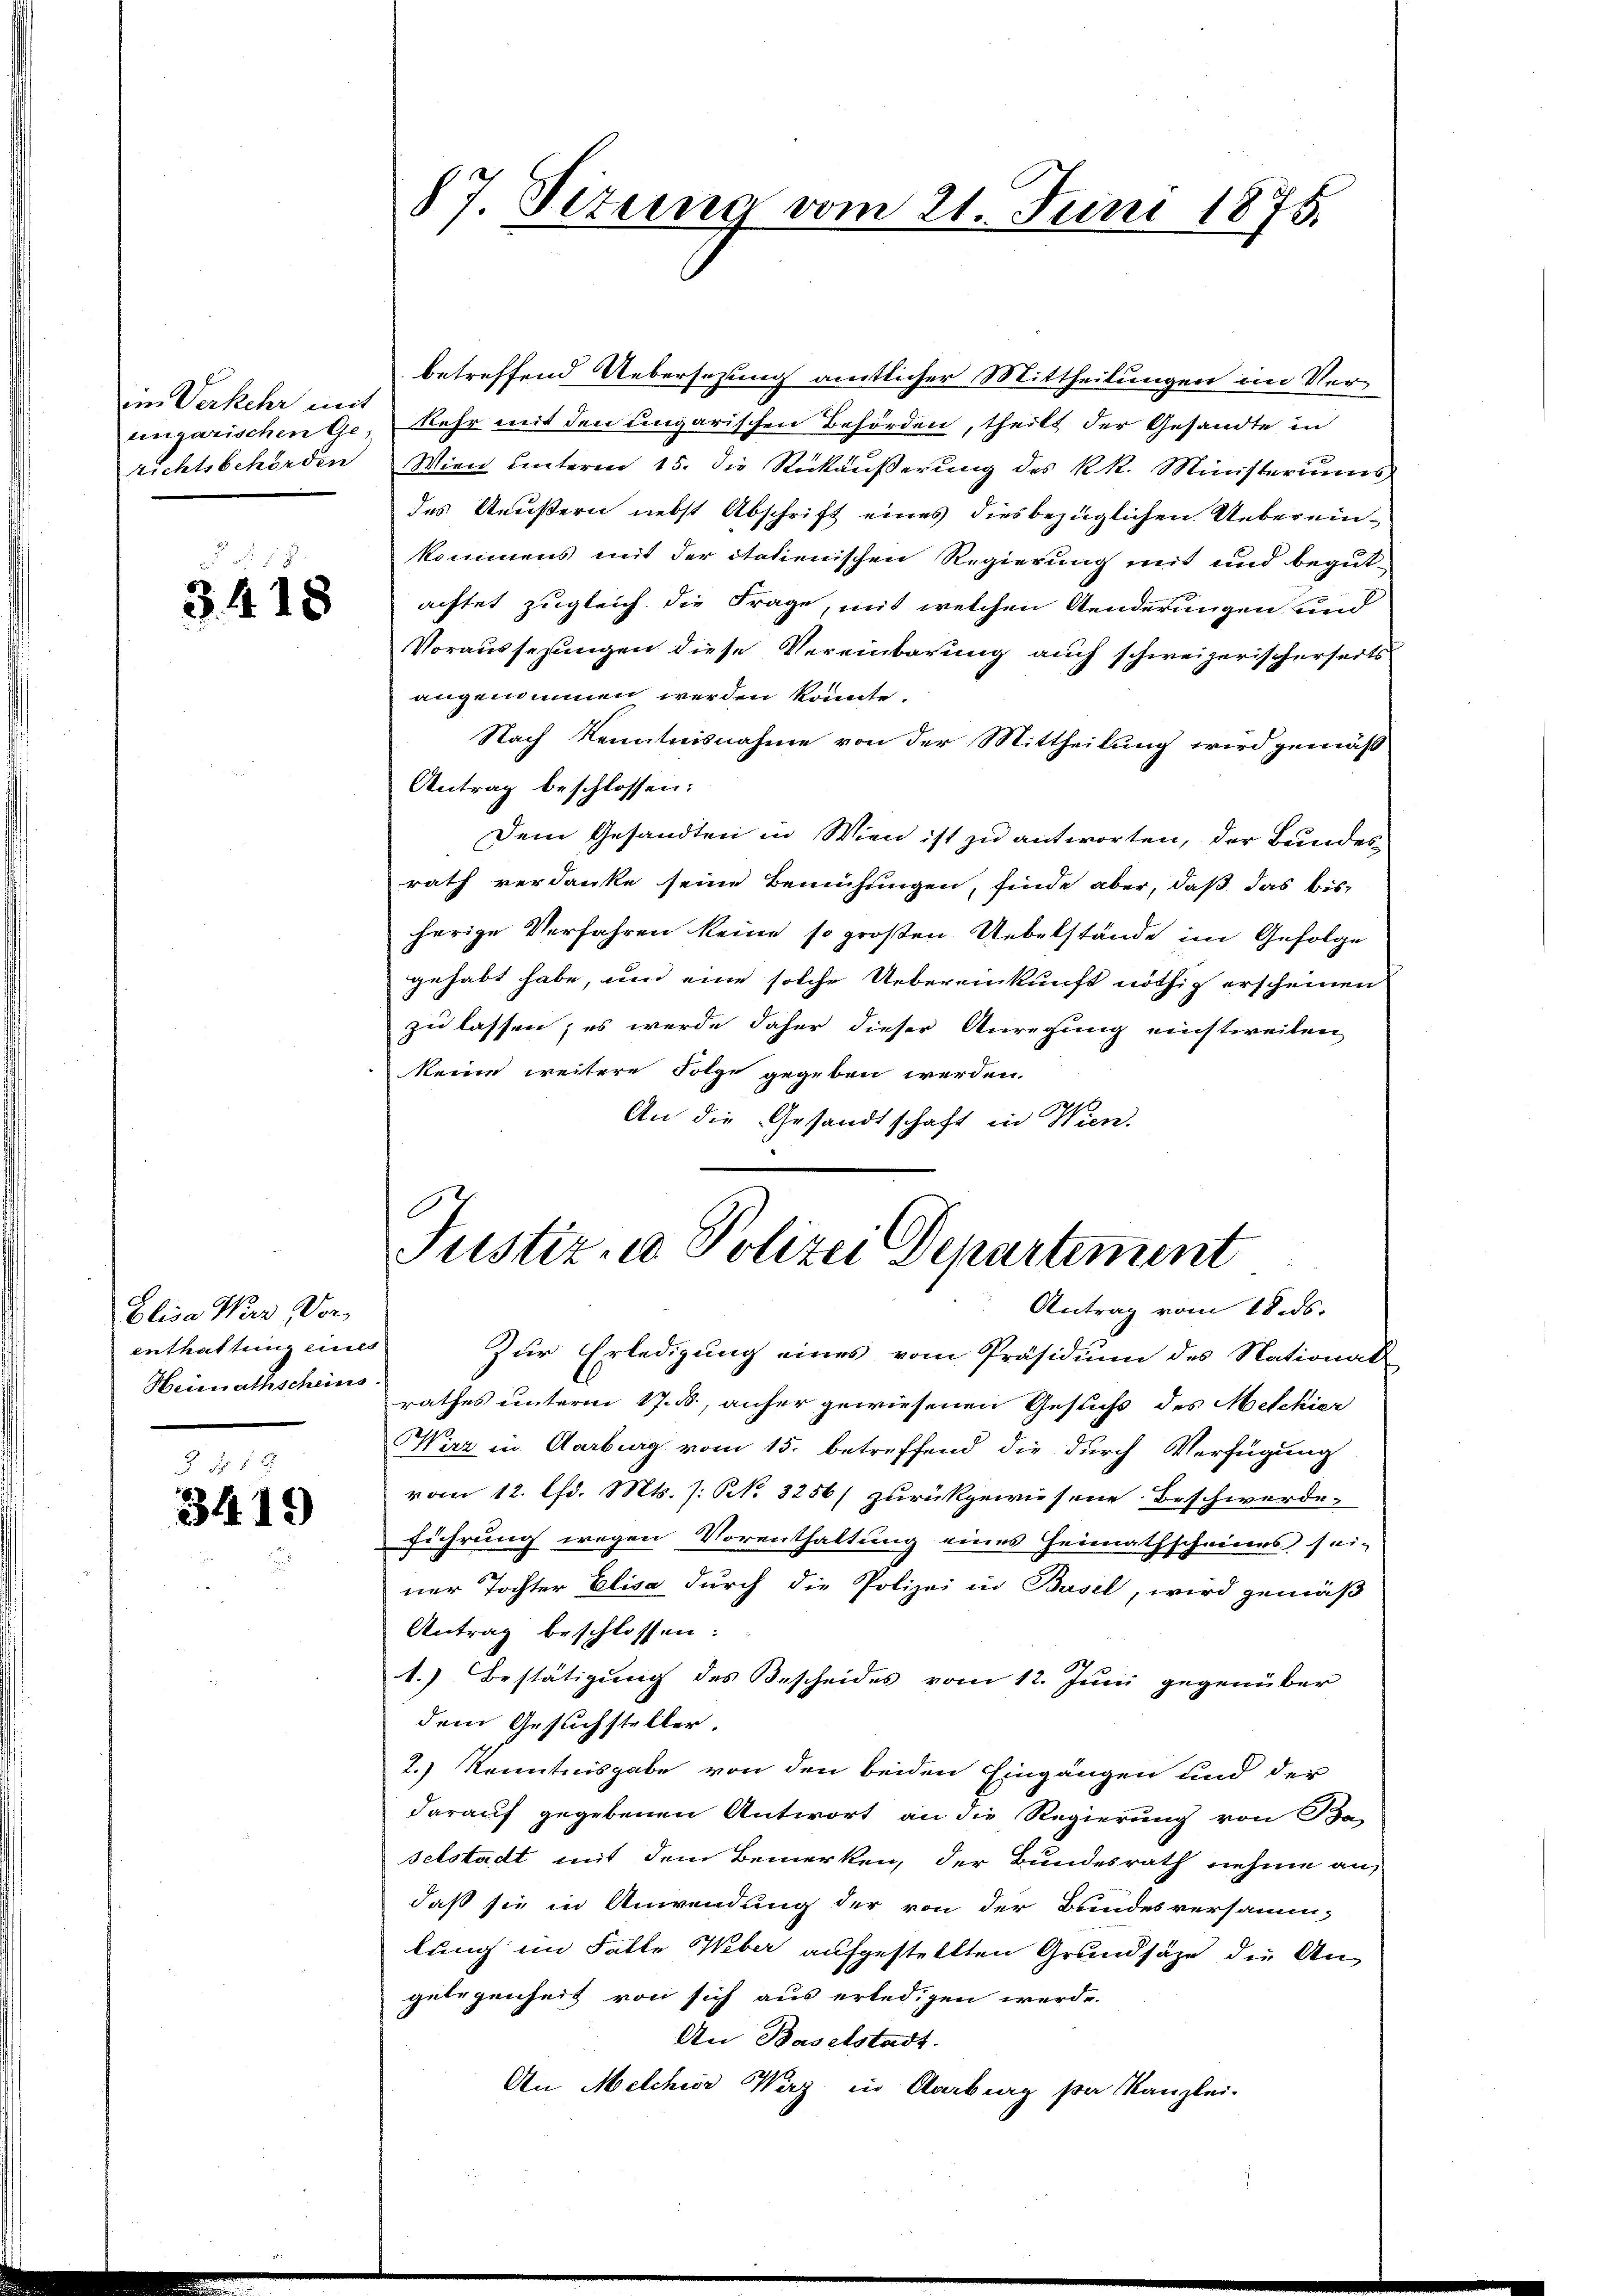
im Verkehr mit
ungarischen Ge-
richtsbehörden

§ 58
3418

Elisa Wern Vor
enthaltung eines
Heimathscheins

3419

betreffend Uebersezung amtlicher Mittheilungen im Ver¬
Kehr mit den Ungarischen Behörden, theilt der Gesandte in
Wien unterm 15. die Rückäußerung des k.k. Ministeriums
des Aeußern nebst Abschrift eines diesbezüglichen Uebereinkommens mit der Italienischen Regierung mit und begutachtet zugleich die Frage, mit welchen Aenderungen und
Voraussezungen diese Vereinbarung auch schweizerischerseits
angenommen werden könnte.
Nach Kenntnisnahme von der Mittheilung wird gemäß
Antrag beschlossen:
Dem Gesandten in Wien ist zu antworten, der Bundes
rath verdanke seine Bemühungen, finde aber, daß das bis
herige Verfahren keine so großen Uebelstände im Gefolge
gehabt habe, und eine solche Uebereinkunft nöthig erscheinen
zu lassen; es werde daher dieser Anregung einstweiten
keine weitere Folge gegeben werden.
An die Gesandtschaft in Wien.

87. Situng vom 21. Juni 1875.

Justiz- & Polizei Departement
Antrag vom 18. ds.

Zur Erledigung eines vom Präsidium des National-
rathes unterm 17. ds, anher gewiesenen Gesuchs des Mitchier
Wirz in Aarburg vom 15. betreffend die durch Verfügung
vom 12. Chr. Mts. /: NR. 3256/ zurückgewiesene Beschwerde¬
Fiehrung wegen Vorenthaltung eines Heimathscheines sei-
ner Tochter Elisa durch die Polizei in Basel, wird gemäß
Antrag beschlossen:
1.) Bestätigung des Bescheides vom 12. Juni gegenüber
dem Gesuchsteller.
2.) Kenntnisgabe von den beiden Eingangen und der
darauf gegebenen Antwort an die Regierung von Be
selstadt mit dem Bemerken, der Bundesrath nehme an
daß sie in Anwendung der von der Bundesversamm-
lung im Falle Weber aufgestellten Grundsätze die Angelegenheit von sich aus erledigen werde.
An Baselstadt.
An Melchior Weg in Aarburg pa Kanzlei-